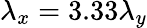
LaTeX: \lambda_{x}=3.33\lambda_{y}